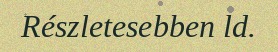
Részletesebben ld.